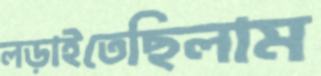
লড়াইতেছিলাম